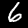
Label: 6